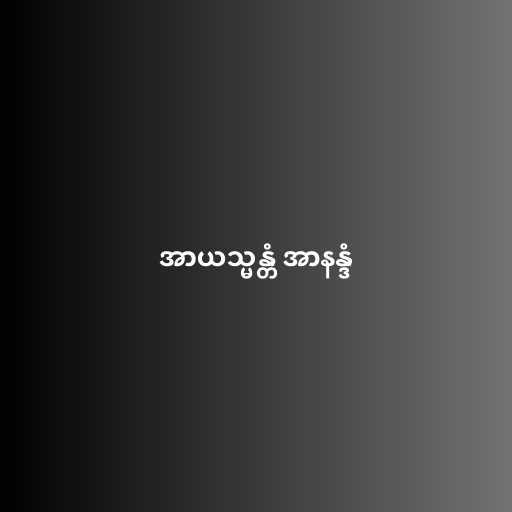
အာယသ္မန္တံ အာနန္ဒံ